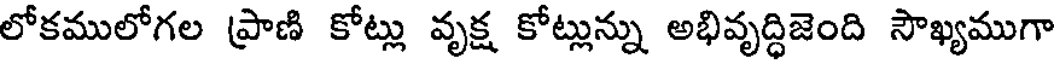
లోకములోగల ప్రాణి కోట్లు వృక్ష కోట్లున్ను అభివృద్ధిజెంది సౌఖ్యముగా